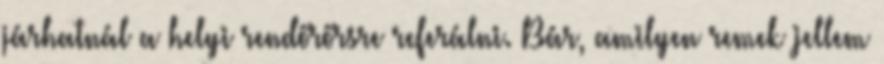
járhatnál a helyi rendőrőrsre referálni. Bár, amilyen remek jellem